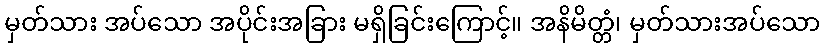
မှတ်သား အပ်သော အပိုင်းအခြား မရှိခြင်းကြောင့်။ အနိမိတ္တံ၊ မှတ်သားအပ်သော